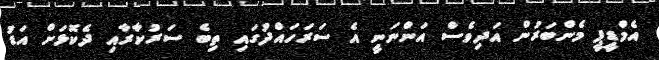
އެމްޑީޕީ މެންބަރުން އަދިވެސް އަންނަނީ އެ ސަރަހައްދުގައި ތިބެ ސަރުކާރާއި ދެކޮޅަށް އަޑު